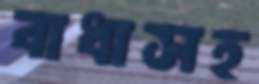
বাধাসহ